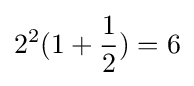
2^{2}(1+{\frac {1}{2}})=6